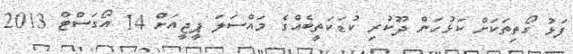
ފަޅު ގޯތިތަކަށް ކަޅުހަން ދޫކުރި ކުޑަކަތީބެއްގެ މައްސަލަ ޕީޖީއަށް 14 އޯގަސްޓް 2013